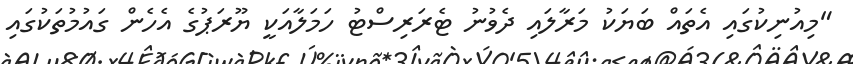
"މިއުނިކުގައި އެތައް ބަޔަކު މަރާލައި ދެވުނު ޓެރަރިސްޓު ހަމަލާއަކީ ޔޫރަޕުގެ އެހެން ގައުމުތަކުގައި